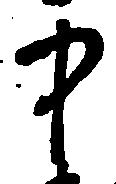
中